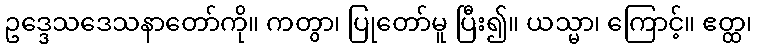
ဥဒ္ဒေသဒေသနာတော်ကို။ ကတွာ၊ ပြုတော်မူ ပြီး၍။ ယသ္မာ၊ ကြောင့်။ ဧတ္ထ၊